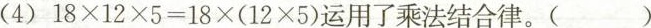
(4)$$18×12×5=18×(12×5)$$运用了乘法结合律。()